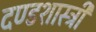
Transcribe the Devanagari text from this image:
दण्डशास्त्री